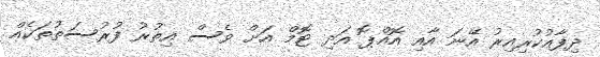
ދިފާއުކުރިއިރު އޭނަ އާއި އޮއްޕޮ އަދި ޓޮމް އަށް ވެސް އިތުރު ފުރުސަތުތަކެއް